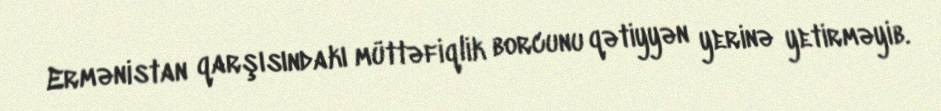
Ermənistan qarşısındakı müttəfiqlik borcunu qətiyyən yerinə yetirməyib.